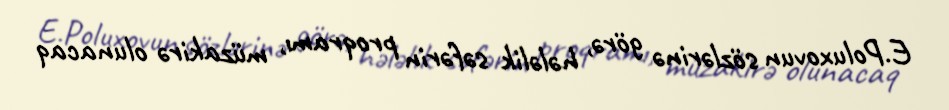
E.Poluxovun sözlərinə görə, hələlik səfərin proqramı, müzakirə olunacaq